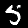
Digit: 5